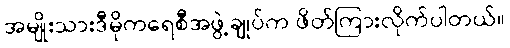
အမျိုးသားဒီမိုကရေစီအဖွဲ့ချုပ်က ဖိတ်ကြားလိုက်ပါတယ်။